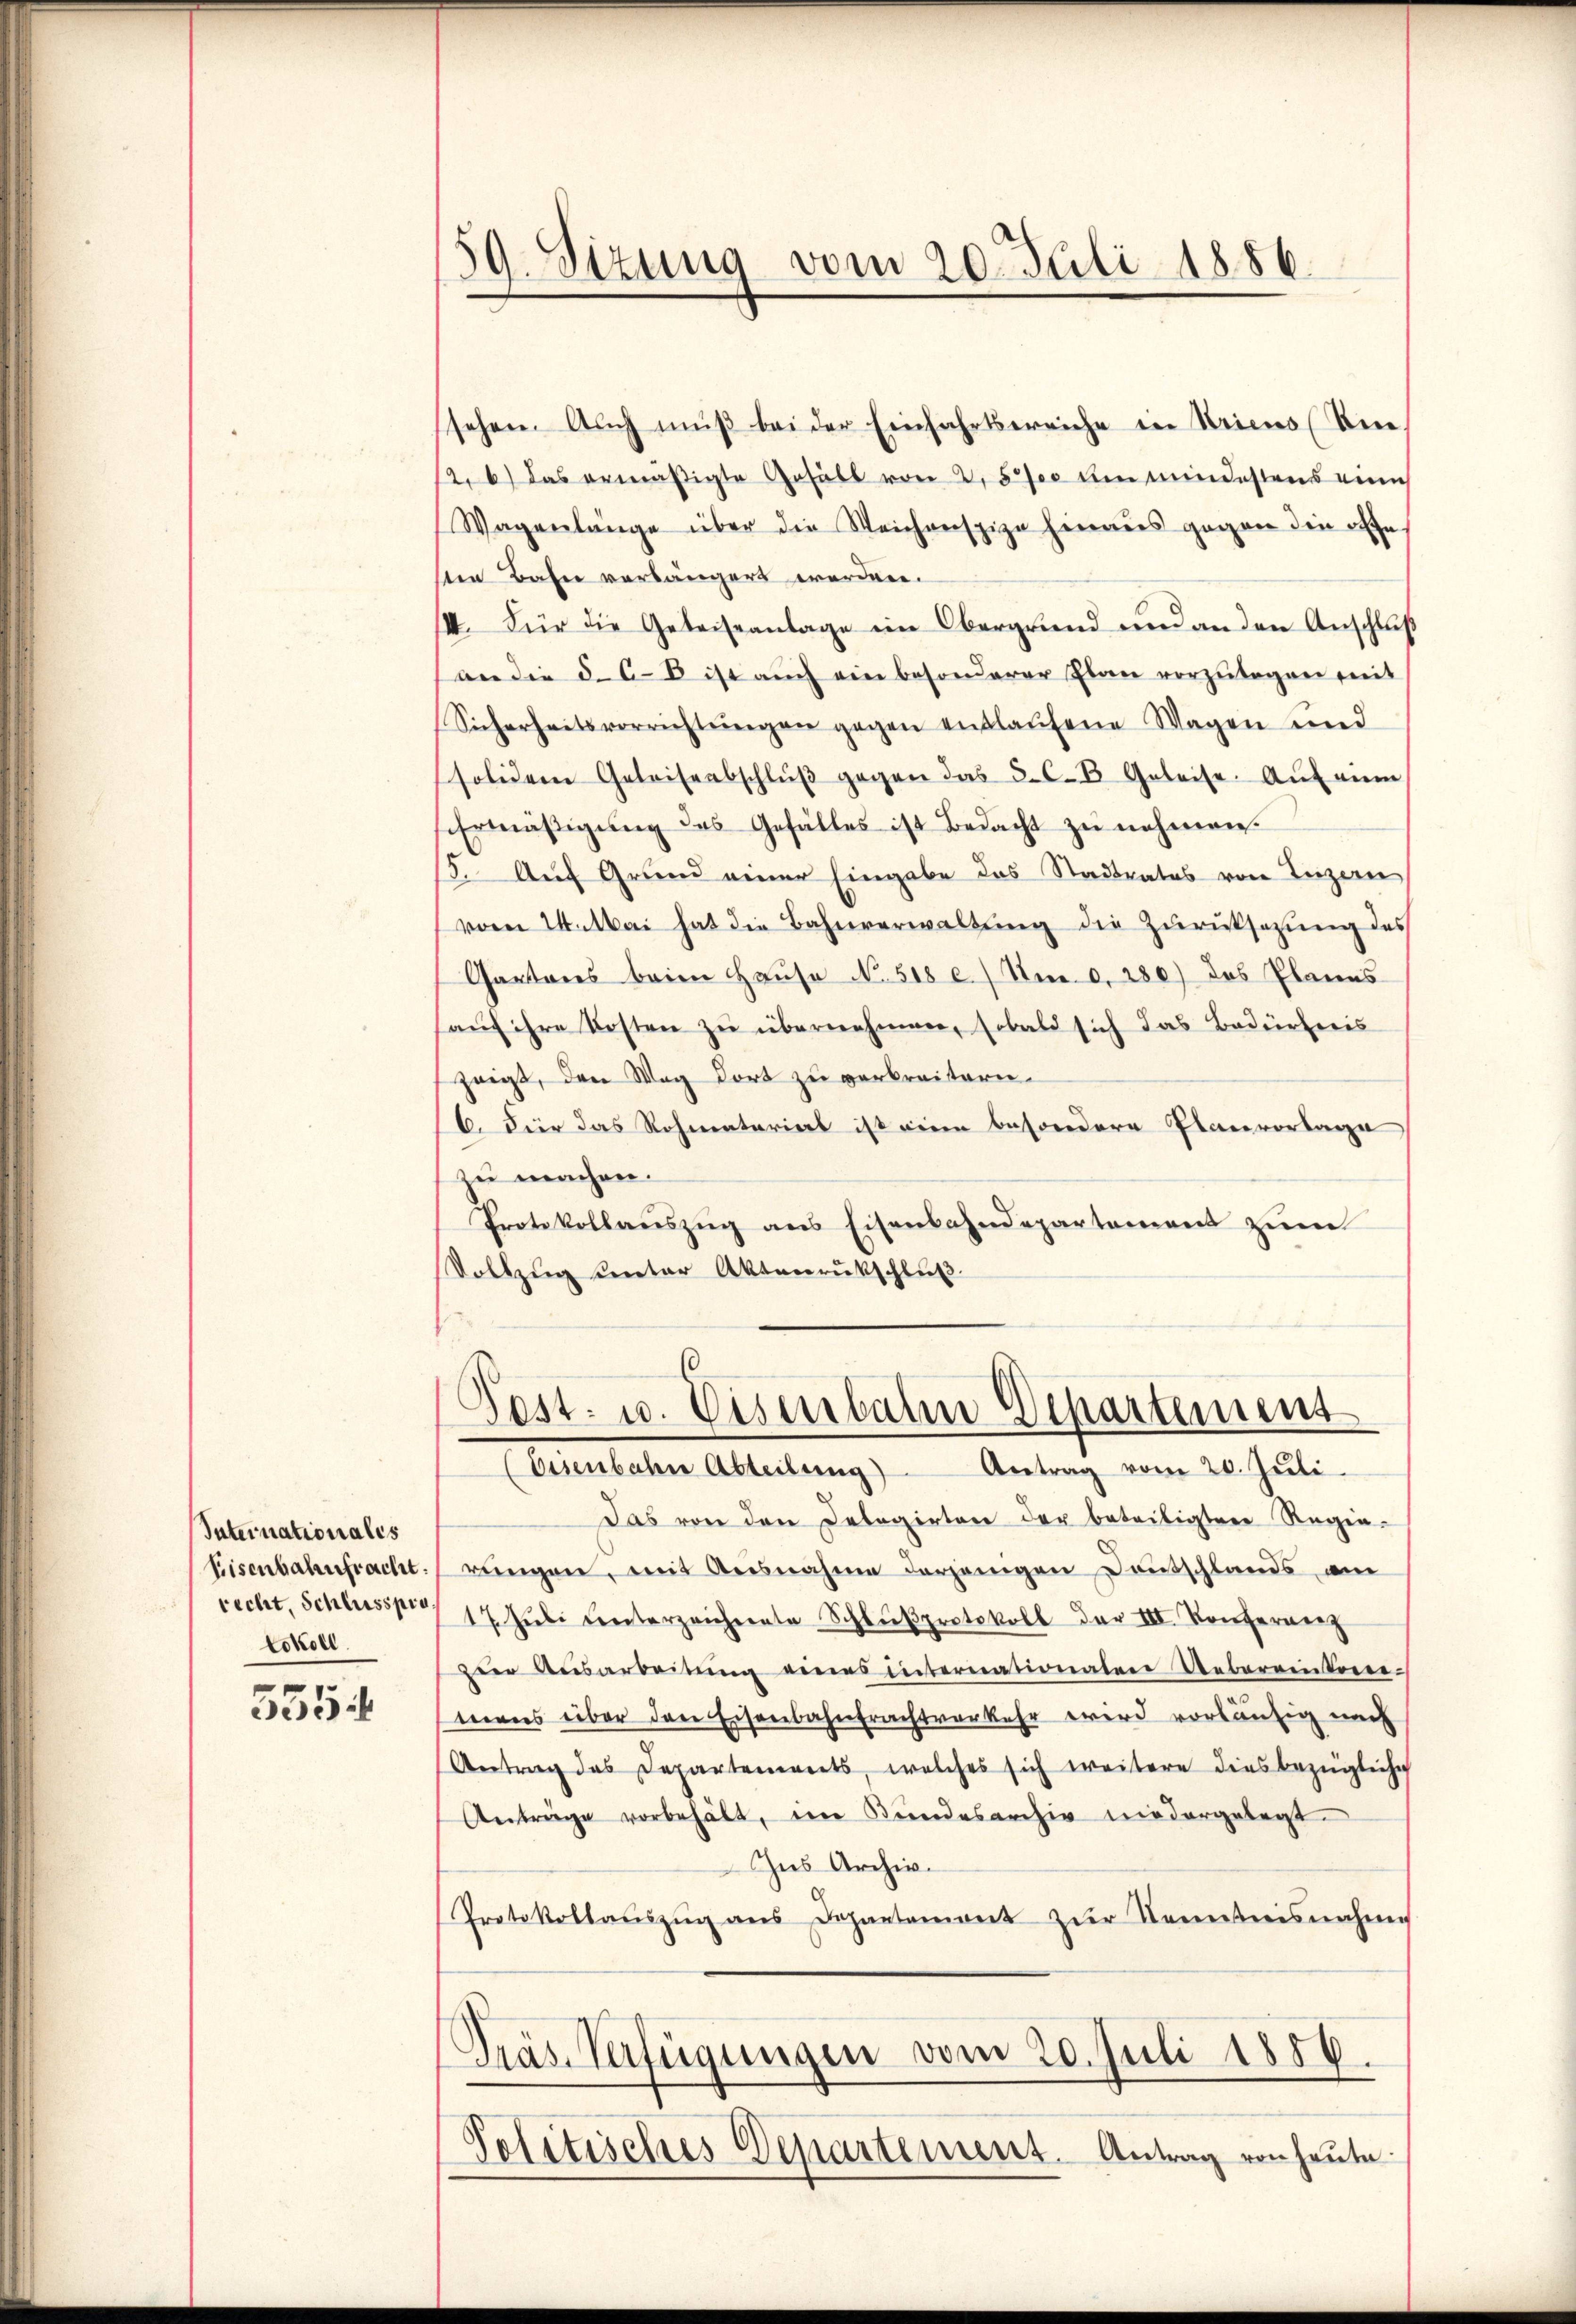
Internationales
tokoll.

535.

59. Sizung vom 20. Juli 1886.

sehen. Auch muß bei der Einfahrtbereiche in Kriens (Rei-
12. b) das ermäßigte Gefäll von 2. 570 um mindestens eine
Wagenlänge über die Weichenspize hinaus gegen die offe
sten Bahn verlängert worden.
III. Für die Gebeiseanlage im Obergrund und an den Anschlŭβ
an die 5-6 E ist auch ein besonderer Plan vorzŭlegen mit
Sicherheitsvorrichtŭngen gegen entlaŭfene Wagen und
solidem Geleiseabschlŭβ gegen das 5. C. Geleise. Aŭf eine
Ermäßigung des Gefälles ist Bedacht zu nehmen.
15. Auf Grund einer Eingabe das Stadtrates von Luzern
vom 24. Mai hat die Bahnverwaltŭng die Zŭrücksetzung des
Gartens beim Hause No. 518 c.) Um 0, 280) das Planes
hauf ihre Kosten zu übernehmen, sobald sich das Bedürfnis
zeigt, den Weg dort zu verbreitern.
6. Dier das Rohmaterial ist eine besondere Planvorlage
zu machen.
Protokollaŭszŭg ans Eisenbahndepartement zŭm
Vollzug unter Aktenrückschlŭβ

Pest. u. Eisenbahn Departement
Orienbahn Abteilung Antrag vom 20. Jŭli

Das von den Delegirten der beteiligten Regie¬
Eisenbahnfracht ringen, mit Ausnahme derjenigen Deutschlands am
recht, Schlusspres 17. Jŭli unterzeichente Schlußprotokoll der III. Konfernenz
Der Beisarbeitŭng eines Internationaten Uebereinten-
mens über den Eisenbahntrachtverkehr wird vorläufig nach
Antrag des Departements, welches sich weitere dies bezügliche
Anträge vorbehält, im Bundesarchiv niedergelegt.
Ins Archiv.
Protokollaŭszŭg ans Departemont zŭr Kenntnisnahme
Präs. Verfügungen vom 20. Juli 1886.
Politisches Departement. Antrag von heute.